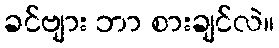
ခင်ဗျား ဘာ စားချင်လဲ။